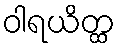
ဝါရယိတ္ထ